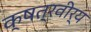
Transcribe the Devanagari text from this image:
क्षत्रवीर्य